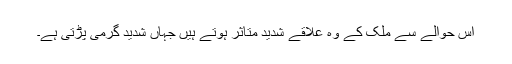
اس حوالے سے ملک کے وہ علاقے شدید متاثر ہوتے ہیں جہاں شدید گرمی پڑتی ہے۔